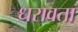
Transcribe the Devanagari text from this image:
धरावता